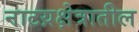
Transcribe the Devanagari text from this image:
नाटय़क्षेत्रातील